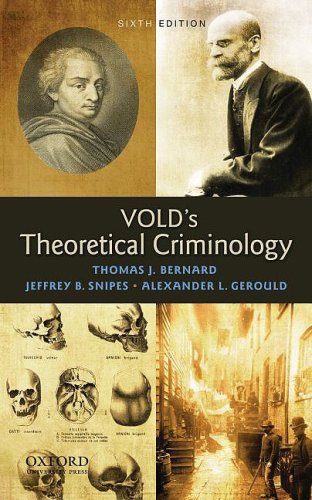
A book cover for Vold's Theoretical Criminology; Thomas J. Bernard; Politics & Social Sciences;